Scottish Certificate of Education, 1962
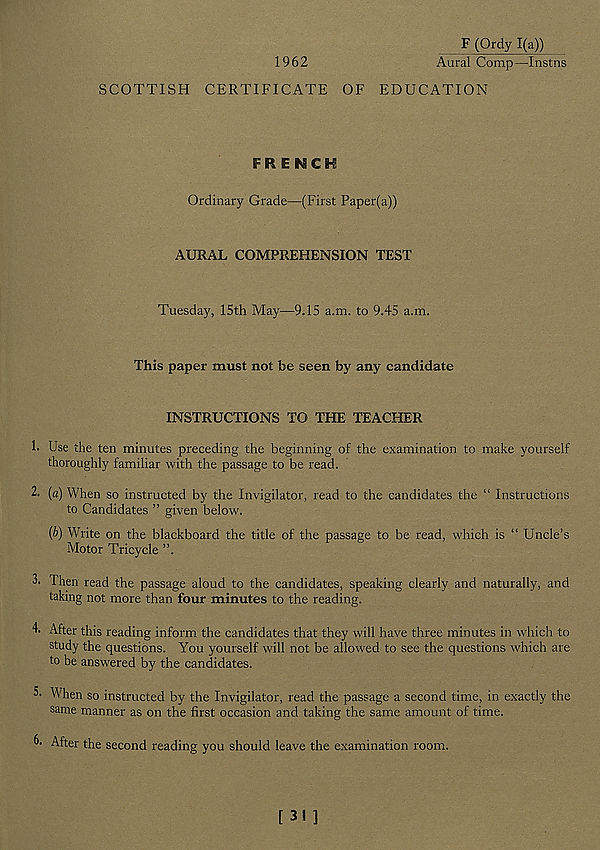
F (Ordy 1(a))
1962
Aural Comp—Instns
SCOTTISH CERTIFICATE OF EDUCATION
FRENCH
Ordinary Grade—(First Paper(a))
AURAL COMPREHENSION TEST
Tuesday, 15th May—9.15 a.m. to 9.45 a.m.
This paper must not be seen by any candidate
INSTRUCTIONS TO THE TEACHER
1. Use the ten minutes preceding the beginning of the examination to make yourself
thoroughly familiar with the passage to be read.
2. (a) When so instructed by the Invigilator, read to the candidates the “ Instructions
to Candidates ” given below.
(b) Write on the blackboard the title of the passage to be read, which is “ Uncle’s
Motor Tricycle ”.
I hen read the passage aloud to the candidates, speaking clearly and naturally, and
taking not more than four minutes to the reading.
4- After this reading inform the candidates that they will have three minutes in which to
study the questions. You yourself will not be allowed to see the questions which are
to be answered by the candidates.
5- When so instructed by the Invigilator, read the passage a second time, in exactly the
same manner as on the first occasion and taking the same amount of time.
C After the second reading you should leave the examination room.
[ 31 ]